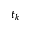
t _ { k }